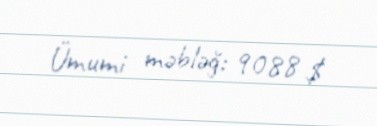
Ümumi məbləğ: 9088 $